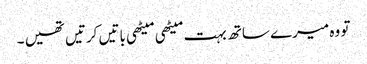
تو وہ میرے ساتھ بہت میٹھی میٹھی باتیں کرتیں تھیں ۔